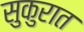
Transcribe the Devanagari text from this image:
सुकुरात